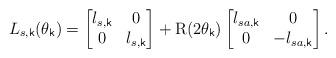
LaTeX: \begin{align*} L_{s,\mathsf{k}}(\theta_\mathsf{k}) = \begin{bmatrix} l_{s,\mathsf{k}} & 0 \\ 0 & l_{s,\mathsf{k}} \end{bmatrix} + \mathrm{R}(2\theta_\mathsf{k}) \begin{bmatrix} l_{sa,\mathsf{k}} & 0 \\ 0 & -l_{sa,\mathsf{k}}\end{bmatrix}.\end{align*}